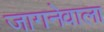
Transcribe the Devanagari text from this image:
जागनेवाला